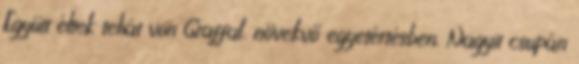
Együtt éltek tehát von Graffal, növekvő egyetértésben. Nagyit csupán